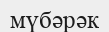
мүбәрәк